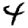
Digit: 4